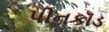
પીનકૉડ